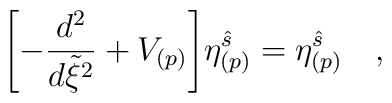
\Biggl[ - {d^2\over d\tilde{\xi}^2} + V_{(p)} \Biggl]\eta^{\hat{s}}_{(p)}   = \eta^{\hat{s}}_{(p)} \quad ,